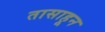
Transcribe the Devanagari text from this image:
तासाहून